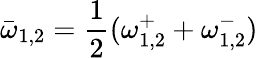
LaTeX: \bar{\omega}_{1,2}=\frac{1}{2}(\omega_{1,2}^{+}+\omega_{1,2}^{-})